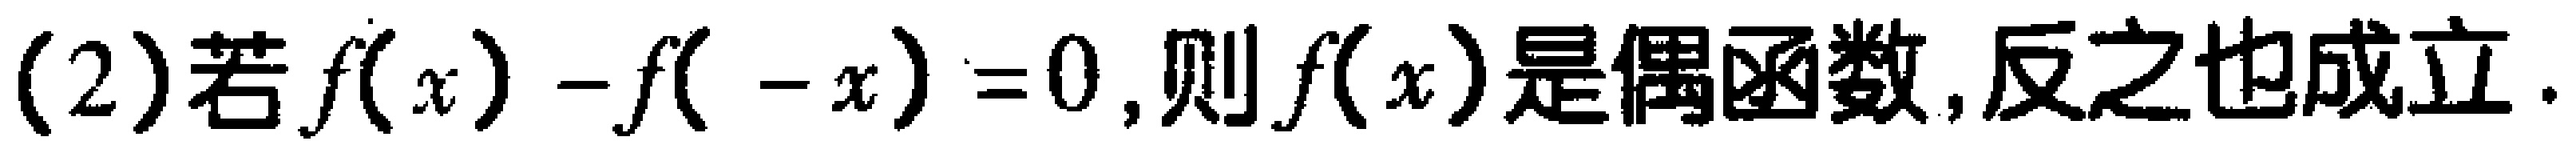
(2)若$f(x)-f(-x)=0$,则$f(x)$是偶函数,反之也成立.